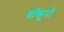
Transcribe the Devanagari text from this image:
बाँकुरो